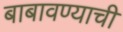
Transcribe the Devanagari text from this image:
बाबावण्याची